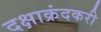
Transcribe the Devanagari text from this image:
दक्षाक्रंदकरी